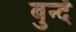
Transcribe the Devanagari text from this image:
बुन्दें